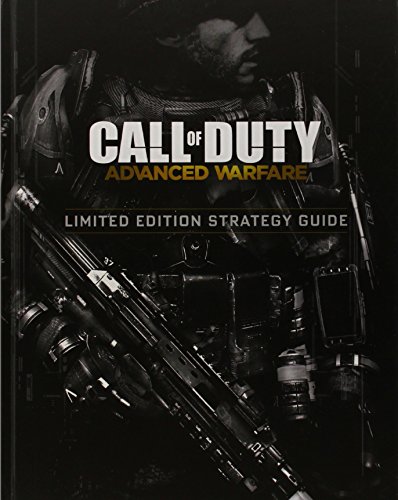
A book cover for Call of Duty: Advanced Warfare Limited Edition Strategy Guide; BradyGames; Humor & Entertainment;